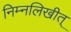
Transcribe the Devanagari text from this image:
निम्नलिखीत्